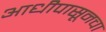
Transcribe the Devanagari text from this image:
आधीपासूनचा